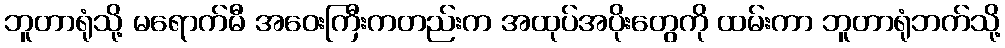
ဘူတာရုံသို့ မရောက်မီ အဝေးကြီးကတည်းက အထုပ်အပိုးတွေကို ထမ်းကာ ဘူတာရုံဘက်သို့